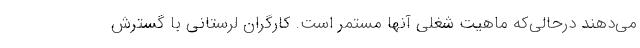
می‌دهند درحالی‌که ماهیت شغلی آنها مستمر است. کارگران لرستانی با گسترش